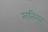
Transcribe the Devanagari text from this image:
सतिगुर